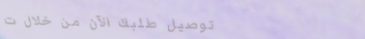
توصيل طلبك الآن من خلال ت